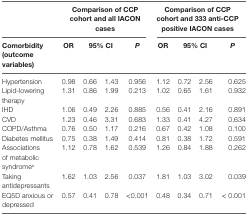
<table><thead><tr><td colspan="5"><b>Comparison of CCP cohort and all IACON cases</b></td><td colspan="4"><b>Comparison of CCP cohort and 333 anti-CCP positive IACON cases</b></td></tr><tr><td><b>Comorbidity (outcome variables)</b></td><td><b>OR</b></td><td colspan="2"><b>95% CI</b></td><td><b><i>P</i></b></td><td><b>OR</b></td><td colspan="2"><b>95% CI</b></td><td><b><i>P</i></b></td></tr></thead><tbody><tr><td>Hypertension</td><td>0.98</td><td>0.66</td><td>1.43</td><td>0.956</td><td>1.12</td><td>0.72</td><td>2.56</td><td>0.625</td></tr><tr><td>Lipid-lowering therapy</td><td>1.31</td><td>0.86</td><td>1.99</td><td>0.213</td><td>1.02</td><td>0.65</td><td>1.61</td><td>0.932</td></tr><tr><td>IHD</td><td>1.06</td><td>0.49</td><td>2.26</td><td>0.885</td><td>0.56</td><td>0.41</td><td>2.16</td><td>0.891</td></tr><tr><td>CVD</td><td>1.23</td><td>0.46</td><td>3.31</td><td>0.683</td><td>1.33</td><td>0.41</td><td>4.27</td><td>0.634</td></tr><tr><td>COPD/Asthma</td><td>0.76</td><td>0.50</td><td>1.17</td><td>0.216</td><td>0.67</td><td>0.42</td><td>1.08</td><td>0.100</td></tr><tr><td>Diabetes mellitus</td><td>0.75</td><td>0.38</td><td>1.49</td><td>0.414</td><td>0.81</td><td>0.38</td><td>1.72</td><td>0.591</td></tr><tr><td>Associations of metabolic syndrome<sup>a</sup></td><td>1.12</td><td>0.78</td><td>1.62</td><td>0.539</td><td>1.26</td><td>0.84</td><td>1.88</td><td>0.262</td></tr><tr><td>Taking antidepressants</td><td>1.62</td><td>1.03</td><td>2.56</td><td>0.037</td><td>1.81</td><td>1.03</td><td>3.02</td><td>0.039</td></tr><tr><td>EQ5D anxious or depressed</td><td>0.57</td><td>0.41</td><td>0.78</td><td>&lt;0.001</td><td>0.48</td><td>0.34</td><td>0.71</td><td> &lt; 0.001</td></tr></tbody></table>